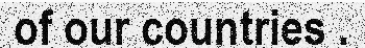
of our countries .